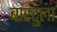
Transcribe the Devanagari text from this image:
बास्टुला